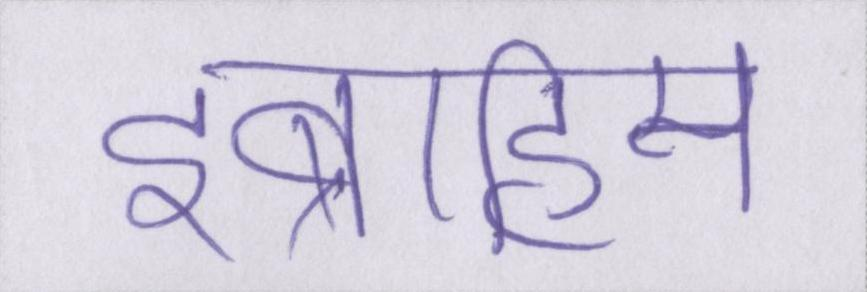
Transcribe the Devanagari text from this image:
इब्राहिम